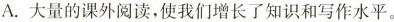
A.大量的课外阅读，使我们增长了知识和写作水平。